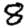
Digit: 8